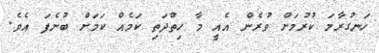
ހަނގުރާމަ ކުރުމަށް ވުރެން އެއީ މާ ހިތްދަތި ކަމެއް ކަމަށް ބުނެފަ އެވެ.